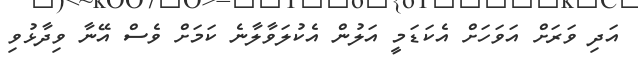
އަދި ވަރަށް އަވަހަށް އެކަޑަމީ އަލުން އެކުލަވާލާނެ ކަމަށް ވެސް އޭނާ ވިދާޅުވި